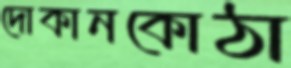
দোকানকোঠা